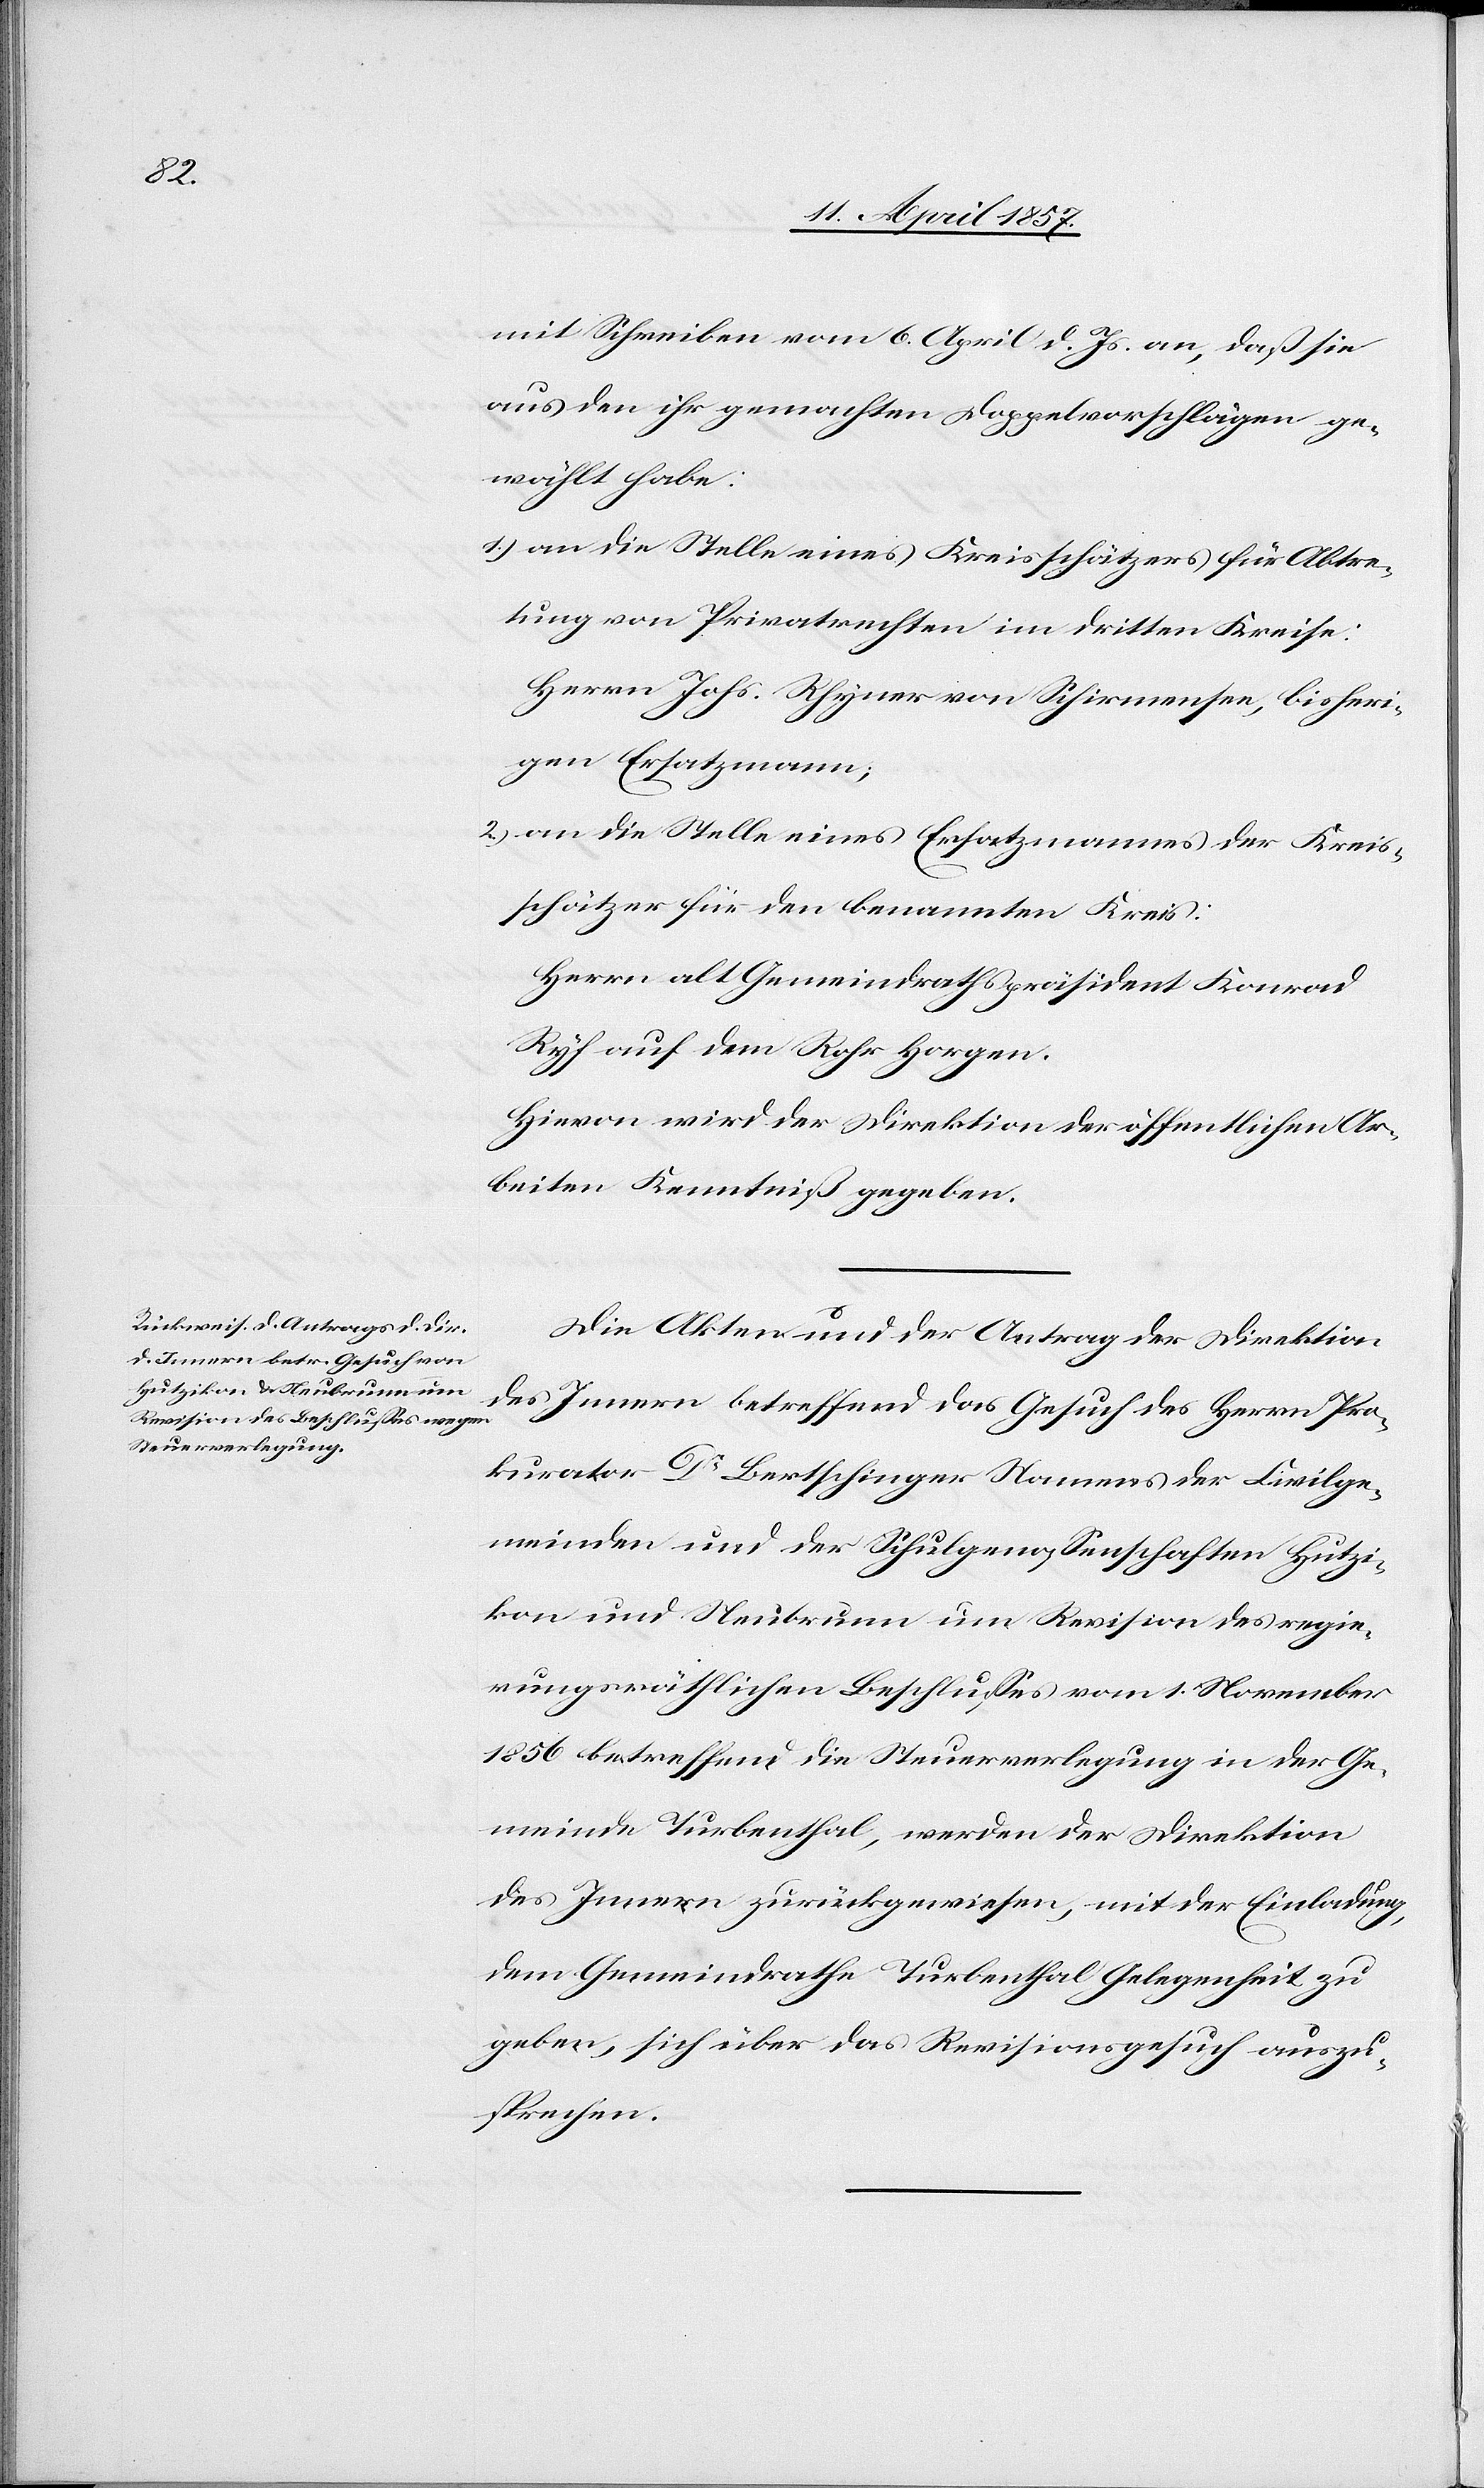
mit Schreiben vom 6. April d. Js. an, daß sie
aus den ihr gemachten Doppelvorschlägen ge¬
wählt habe:
1.) an die Stelle eines Kreisschätzers für Abtre¬
tung von Privatrechten im dritten Kreise:
Herrn Johs. Rhyner von Schirmensee, bisheri¬
gen Ersatzmann;
2.) an die Stelle eines Ersatzmannes der Kreis¬
schätzer für den benannten Kreis:
Herrn alt Gemeindrathspräsident Konrad
Ryf auf dem Rohr Horgen.
Hievon wird der Direktion der öffentlichen Ar¬
beiten Kenntniß gegeben.
Die Akten und der Antrag der Direktion
des Innern betreffend das Gesuch des Herrn Pro¬
kurator Dr Bertschinger Namens der Civilge¬
meinden und der Schulgenossenschaften Hutzi¬
kon und Neubrunn um Revision des regie¬
rungsräthlichen Beschlusses vom 1. November
1856 betreffend die Steuerverlegung in der Ge¬
meinde Thurbenthal, werden der Direktion
des Innern zurückgewiesen, mit der Einladung,
dem Gemeindrathe Turbenthal Gelegenheit zu
geben, sich über das Revisionsgesuch auszu¬
sprechen.